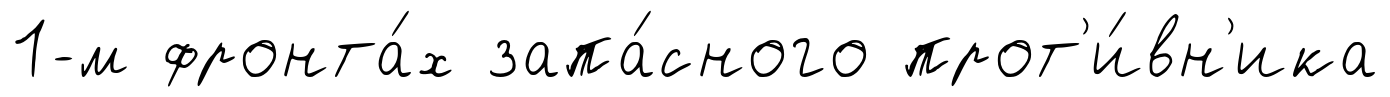
1-м фронта́х запа́сного прот'и́вн'ика